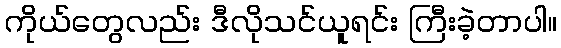
ကိုယ်တွေလည်း ဒီလိုသင်ယူရင်း ကြီးခဲ့တာပါ။